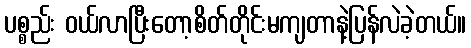
ပစ္စည်း ဝယ်လာပြီးတော့စိတ်တိုင်းမကျတာနဲ့ပြန်လဲခဲ့တယ်။